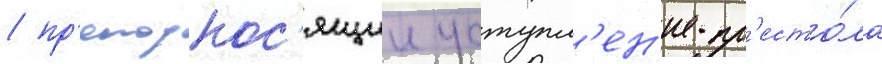
/ пр'еподнос'ящии уступл'ен'ие пр'есто́ла